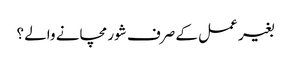
بغیر عمل کے صرف شور مچانے والے ؟